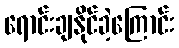
ရောင်းချနိုင်ခဲ့ကြောင်း